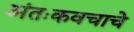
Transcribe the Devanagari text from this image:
अंतःकवचाचे